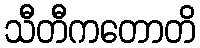
သီတီကတောတိ